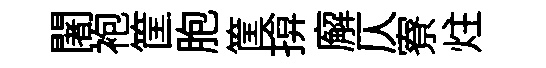
闍袍筐胞筐揜廨仄寮炷